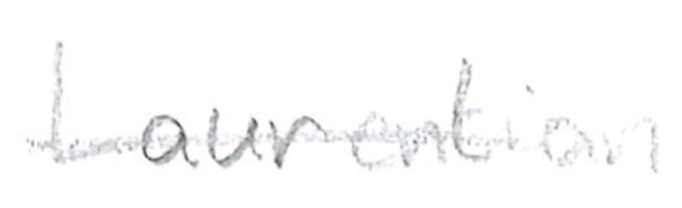
Text: Laurentian
Cross-out: single-line
Writing tool: pencil